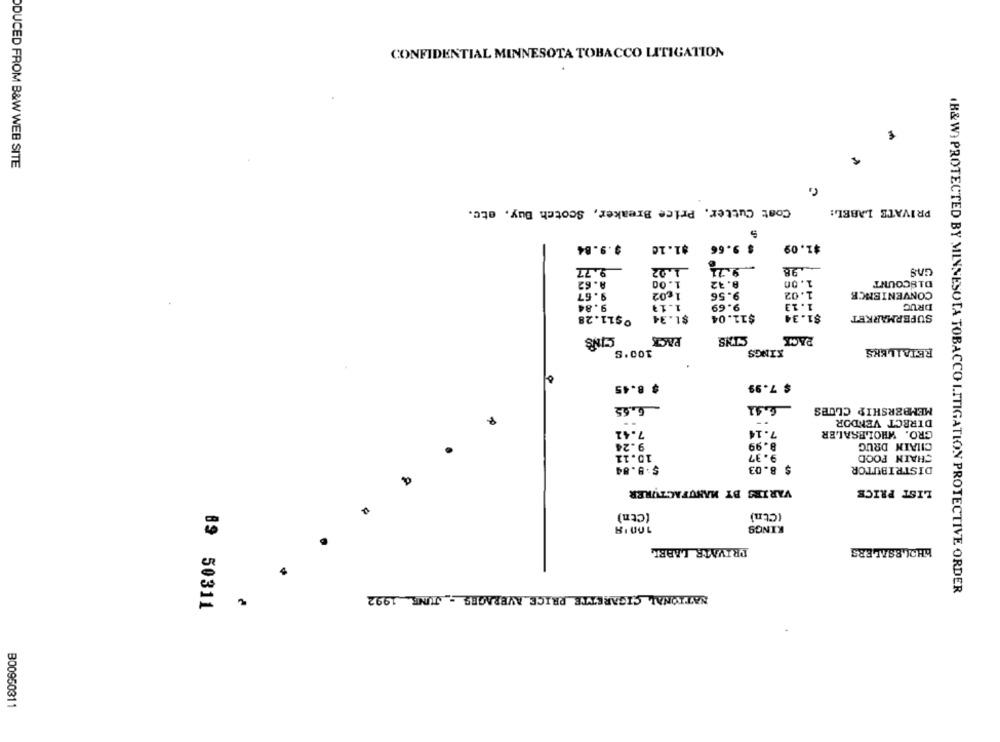
CONFIDENTIAL MINNESOTA TOBACCO LITIGATION
DUCED FROM B&W WEB SITE
Coat Cutter, Price Breaker, Scotch Buy, etc.
PRIVATE LABEL:
$ 9.66
$1.09
9.9.84
$1.10
9.3
9.77
1.02
.98
A.62
1.00
8.32
1.00
DISCOUNT
9.67
1,02
9.56
1.02
CONVENIENCE
9.84
1.13
9.69
1.13
DRUG
0511.28
$1.34
$11.04
$1.34
SUPERMARKET
CINS
PACK
PACK
EETALLEES
KINGS
S. COT
$ 8.45
$ 7.99
6.65
6.41
MEMBERSHIP CLUES
DIRECT VENDOR
7.41
GRO. WHOLESALER
7.14
9.24
8.99
CILAIN DRUG
10.11
9.37
CHAIN FOOD
$ 9.84
$ 8.03
DISTRIBUTOR
VARIES BY MANUFACTURER
LIST PRICE
(Ctn)
(Ctn)
10018
KINGS
PRIVNTR LABBL
bHALBSALERS
NATIONAL CIGARETTE PRICE AVERAGES - JUNE. 1992
(B&W) PROTECTED BY MINNESOTA TOBACCO LITIGATION PROTECTIVE ORDER
89 50311
B00950311